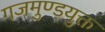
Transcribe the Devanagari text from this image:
गजमुण्डयुक्त